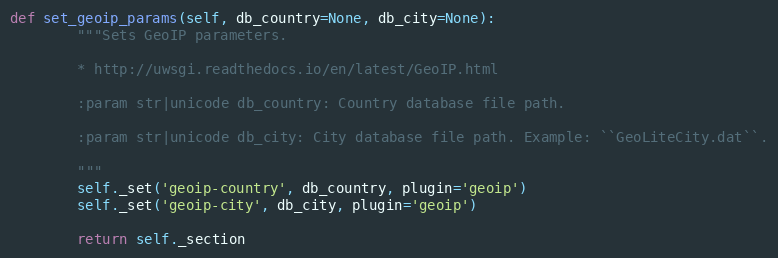
Language: Python
def set_geoip_params(self, db_country=None, db_city=None):
        """Sets GeoIP parameters.

        * http://uwsgi.readthedocs.io/en/latest/GeoIP.html

        :param str|unicode db_country: Country database file path.

        :param str|unicode db_city: City database file path. Example: ``GeoLiteCity.dat``.

        """
        self._set('geoip-country', db_country, plugin='geoip')
        self._set('geoip-city', db_city, plugin='geoip')

        return self._section